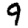
Digit: 9